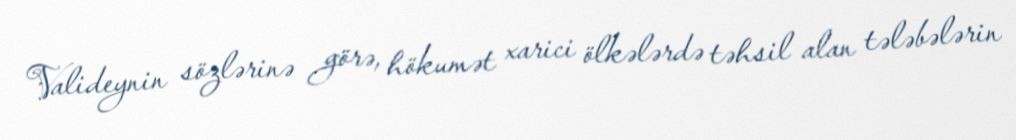
Valideynin sözlərinə görə, hökumət xarici ölkələrdə təhsil alan tələbələrin